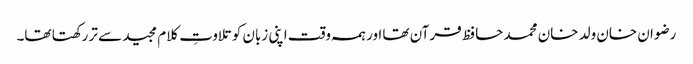
رضوان خان ولد خان محمد حافظ قرآن تھا اور ہمہ وقت اپنی زبان کو تلاوتِ کلام مجید سے تر رکھتا تھا۔